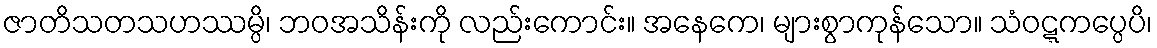
ဇာတိသတသဟဿမ္ပိ၊ ဘဝအသိန်းကို လည်းကောင်း။ အနေကေ၊ များစွာကုန်သော။ သံဝဋ္ဋကပ္ပေပိ၊